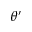
\theta ^ { \prime }